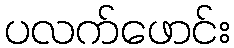
ပလက်ဖောင်း